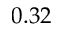
0 . 3 2